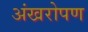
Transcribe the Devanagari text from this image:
अंखरोपण